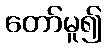
တော်မူ၍